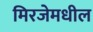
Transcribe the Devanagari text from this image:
मिरजेमधील